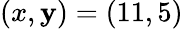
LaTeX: (x,\mathbf{y})=(11,5)